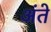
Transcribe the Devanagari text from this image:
अंते